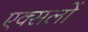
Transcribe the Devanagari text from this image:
एक्सलों